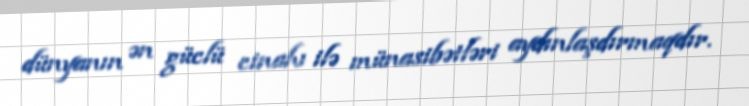
dünyanın ən güclü cinahı ilə münasibətləri aydınlaşdırmaqdır.